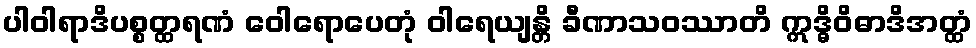
ပါဝါရာဒိပစ္စတ္ထရဏံ ဝေါရောပေတုံ ဝါရေယျန္တိ ခီဏာသဝဿာတိ ဣဒ္ဓိဝိဓာဒိအတ္ထံ